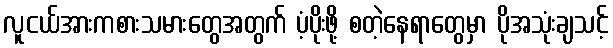
လူငယ်အားကစားသမားတွေအတွက် ပံ့ပိုးဖို့ စတဲ့နေရာတွေမှာ ပိုအသုံးချသင့်